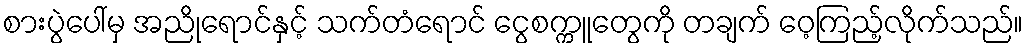
စားပွဲပေါ်မှ အညိုရောင်နှင့် သက်တံရောင် ငွေစက္ကူတွေကို တချက် ဝေ့ကြည့်လိုက်သည်။